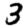
Digit: 3